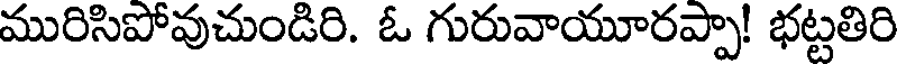
మురిసిపోవుచుండిరి. ఓ గురువాయూరప్పా! భట్టతిరి